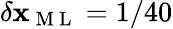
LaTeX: \delta\mathbf{x}_{\mathrm{{~M~L~}}}=1/40